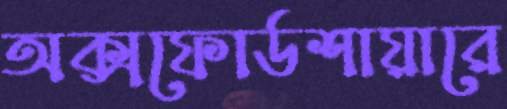
অক্সফোর্ডশায়ারে